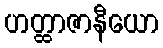
ဟတ္ထာဇာနီယော